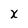
Character: x